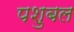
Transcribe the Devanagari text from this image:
पशुबल